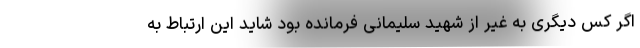
اگر کس دیگری به غیر از شهید سلیمانی فرمانده بود شاید این ارتباط به